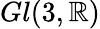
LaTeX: Gl(3,\mathbb R)